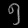
Digit: ၅